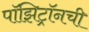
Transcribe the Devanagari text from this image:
पॉझिट्रॉनची